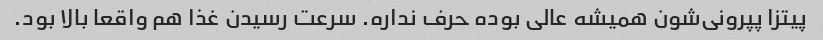
پیتزا پپرونی‌شون همیشه عالی بوده حرف نداره. سرعت رسیدن غذا هم واقعا بالا بود.